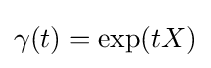
\gamma (t)=\exp(tX)